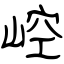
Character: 崆